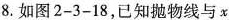
8.如图2-3-18，已知抛物线与x